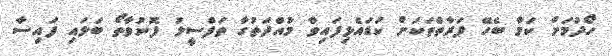
ހޯދުމަށް ކަމާ ބެހޭ ފަރާތްތަކަށް ކަޑައެޅިފައިވާ މުއްދަތުގާ ތަފްސީލު ފޮނުވާތޯ ބަލައި ފައިސާ